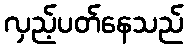
လှည့်ပတ်နေသည်